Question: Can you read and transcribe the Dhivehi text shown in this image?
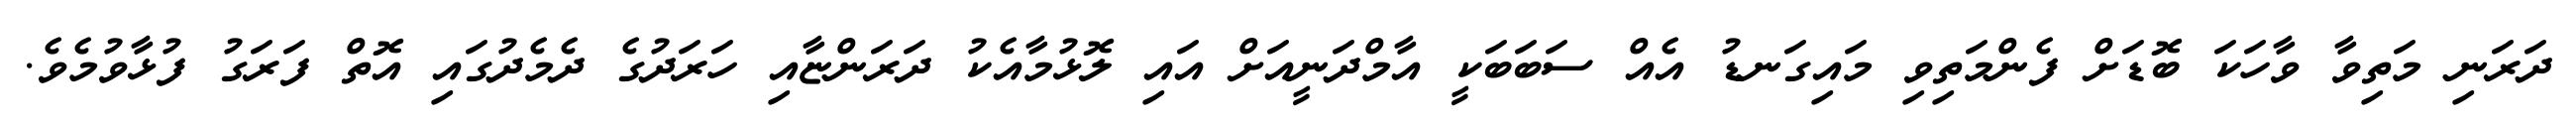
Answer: ދަރަނި މަތިވާ ވާހަކަ ބޮޑަށް ފެންމަތިވި މައިގަނޑު އެއް ސަބަބަކީ އާމްދަނީއަށް އައި ލޮޅުމާއެކު ދަރަންޏާއި ހަރަދުގެ ދެމެދުގައި އޮތް ފަރަގު ފުޅާވުމެވެ.